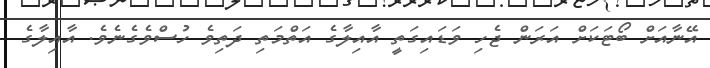
އޭނާއަށް ބޯޓަކަށް އަރަން ޖެހި ވަޑައިގަތީ އާއިލާގެ އަތްމަތި ދަތިވެ ހުސްވެގެނެވެ. އާއިލާގެ